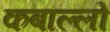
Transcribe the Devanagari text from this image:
कबाल्लो